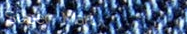
Super Mart